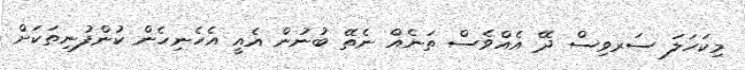
މިކަހަލަ ސަރވިސް ދޭ އެއްވެސް ތަނެއް ނެތޭ ބުނުން އެއީ އެހެނިހެން ކުންފުނިތަކަށް